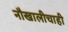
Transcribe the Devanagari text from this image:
नौखालीचाही